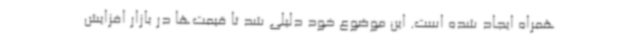
همراه ایجاد شده است. این موضوع خود دلیلی شد تا قیمت‌ها در بازار افزایش